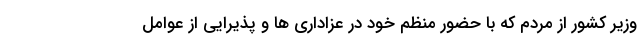
وزیر کشور از مردم که با حضور منظم خود در عزاداری ها و پذیرایی از عوامل